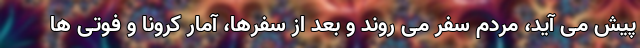
پیش می آید، مردم سفر می روند و بعد از سفرها، آمار کرونا و فوتی ها